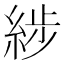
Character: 𦁗